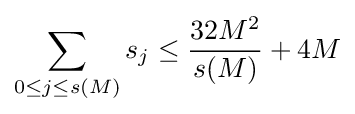
\sum _{0\leq j\leq s(M)}s_{j}\leq {\frac {32M^{2}}{s(M)}}+4M